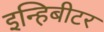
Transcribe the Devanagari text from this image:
इन्हिबीटर